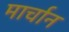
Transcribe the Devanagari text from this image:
मार्चान